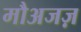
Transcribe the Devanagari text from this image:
मौअजज़